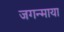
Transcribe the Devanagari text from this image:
जगन्माया